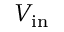
V _ { \mathrm { i n } }